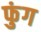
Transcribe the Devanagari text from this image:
फुंग